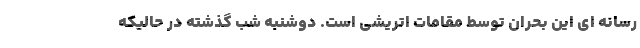
رسانه ای این بحران توسط مقامات اتریشی است. دوشنبه شب گذشته در حالیکه